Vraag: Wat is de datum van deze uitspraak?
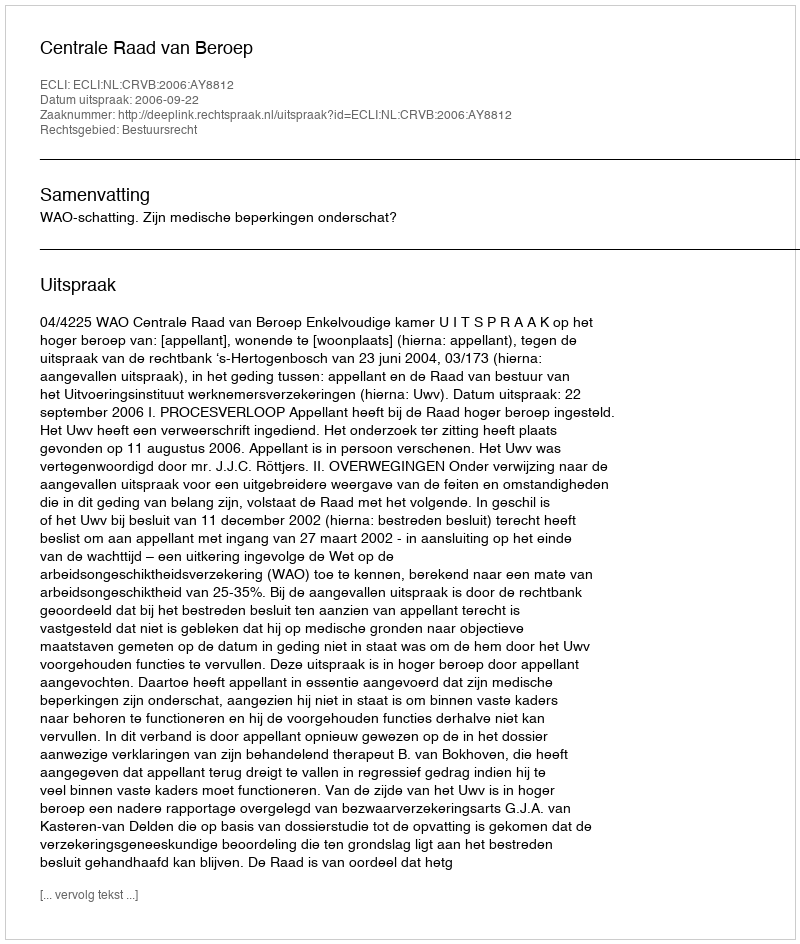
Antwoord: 2006-09-22